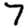
Digit: 7